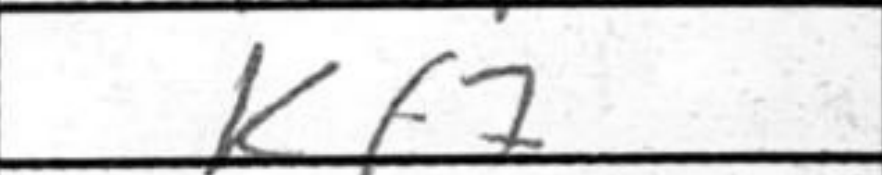
Transcription: Kf7